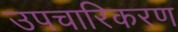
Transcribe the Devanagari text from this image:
उपचारिकरण